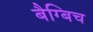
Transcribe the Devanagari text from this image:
बैग्बिच